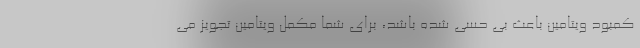
کمبود ویتامین باعث بی حسی شده باشد، برای شما مکمل ویتامین تجویز می